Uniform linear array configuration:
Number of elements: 24
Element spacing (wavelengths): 0.25
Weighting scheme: hamming
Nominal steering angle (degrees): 45
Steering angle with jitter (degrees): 45.614
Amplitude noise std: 0.05
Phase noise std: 0.05

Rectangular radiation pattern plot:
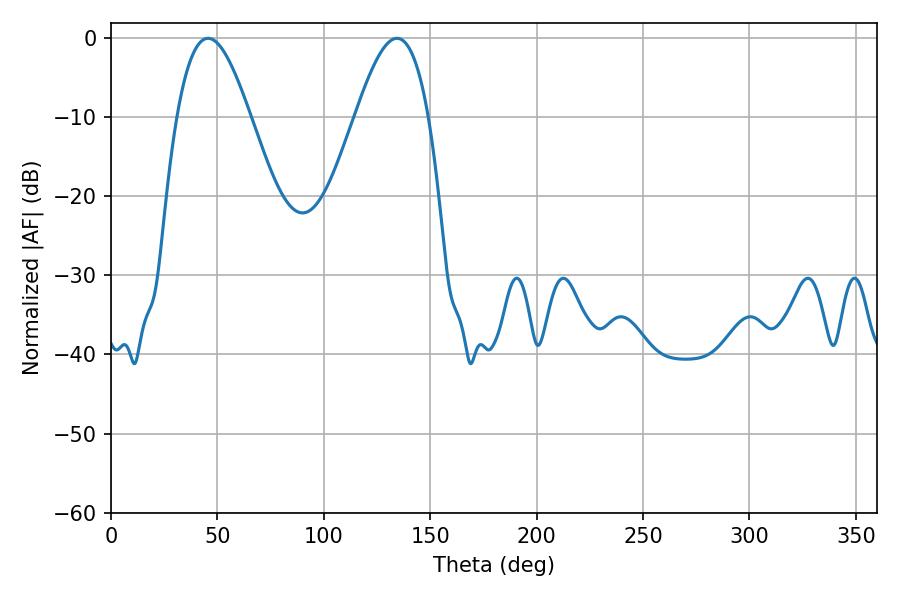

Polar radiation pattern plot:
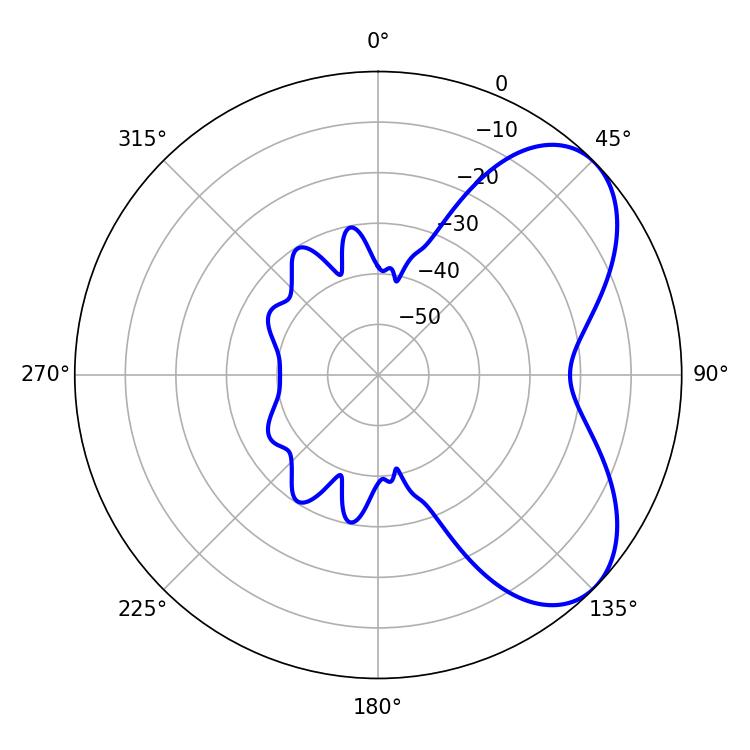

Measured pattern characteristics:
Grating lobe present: FALSE
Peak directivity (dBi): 5.865
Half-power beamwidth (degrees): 18.54
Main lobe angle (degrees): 45.54